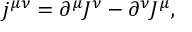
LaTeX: j ^ { \mu \nu } = \partial ^ { \mu } J ^ { \nu } - \partial ^ { \nu } J ^ { \mu } ,